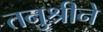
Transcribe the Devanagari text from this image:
तनुश्रीने